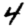
Digit: 4